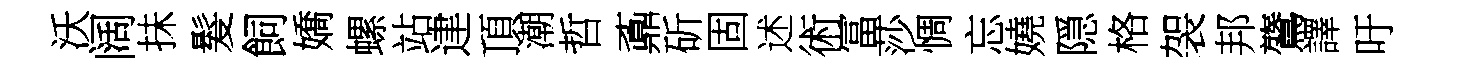
沃阔抺髮飼嬌螺站䢖頂潮哲鼒斫固述術冨莎惆忘嬈隠格袈邦鷟譯吁